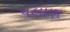
પલાણ